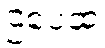
ဌပေထ